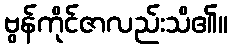
ဗွန်ကိုင်ဇာလည်းသိ၏။